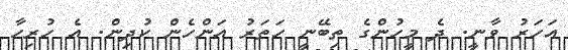
އަހަރު ވާނީ. ދެ މީހުންގެ ތިބޭނީ ހަތަރު އަންހެން ކުދިން. އެ ހުރިހާ